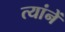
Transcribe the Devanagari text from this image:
त्यांनें